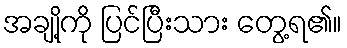
အချို့ကို ပြင်ပြီးသား တွေ့ရ၏။